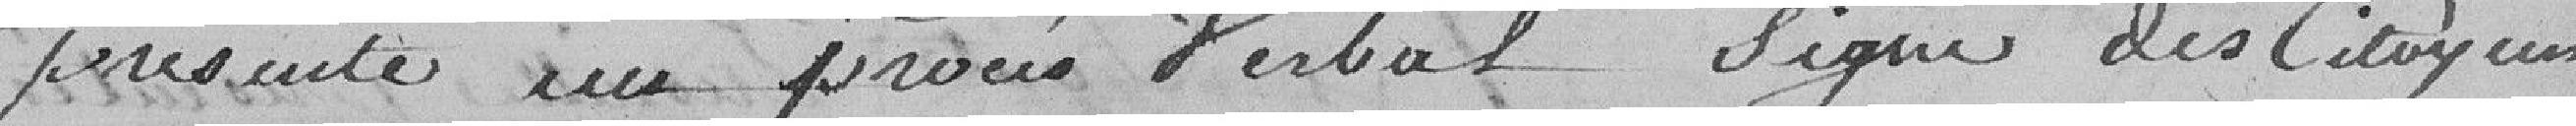
présenté un procès-verbal signé des citoyens